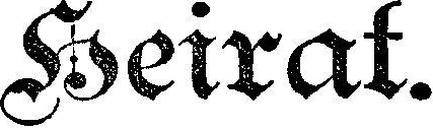
Heirat.